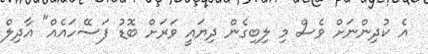
އެ ކުދިންނަށް ވެސް މި ލިބިގެން ދިޔައީ ވަރަށް ބޮޑު ފަސޭހައެއް" އާދިލް